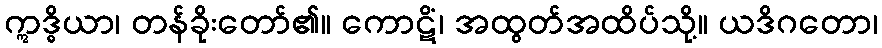
ဣဒ္ဓိယာ၊ တန်ခိုးတော်၏။ ကောဋိံ၊ အထွတ်အထိပ်သို့။ ယဒိဂတော၊